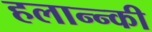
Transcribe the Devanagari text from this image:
हलान्न्की